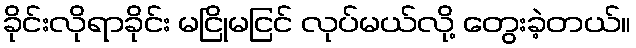
ခိုင်းလိုရာခိုင်း မငြိုမငြင် လုပ်မယ်လို့ တွေးခဲ့တယ်။